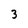
Character: 3